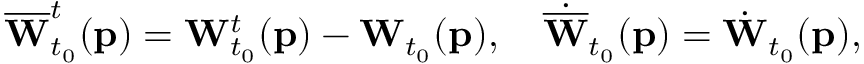
\begin{array} { r } { \overline { { \mathbf { W } } } _ { t _ { 0 } } ^ { t } ( \mathbf { p } ) = \mathbf { W } _ { t _ { 0 } } ^ { t } ( \mathbf { p } ) - \mathbf { W } _ { t _ { 0 } } ( \mathbf { p } ) , \quad \dot { \overline { { \mathbf { W } } } } _ { t _ { 0 } } ( \mathbf { p } ) = \dot { \mathbf { W } } _ { t _ { 0 } } ( \mathbf { p } ) , } \end{array}